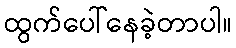
ထွက်ပေါ်နေခဲ့တာပါ။